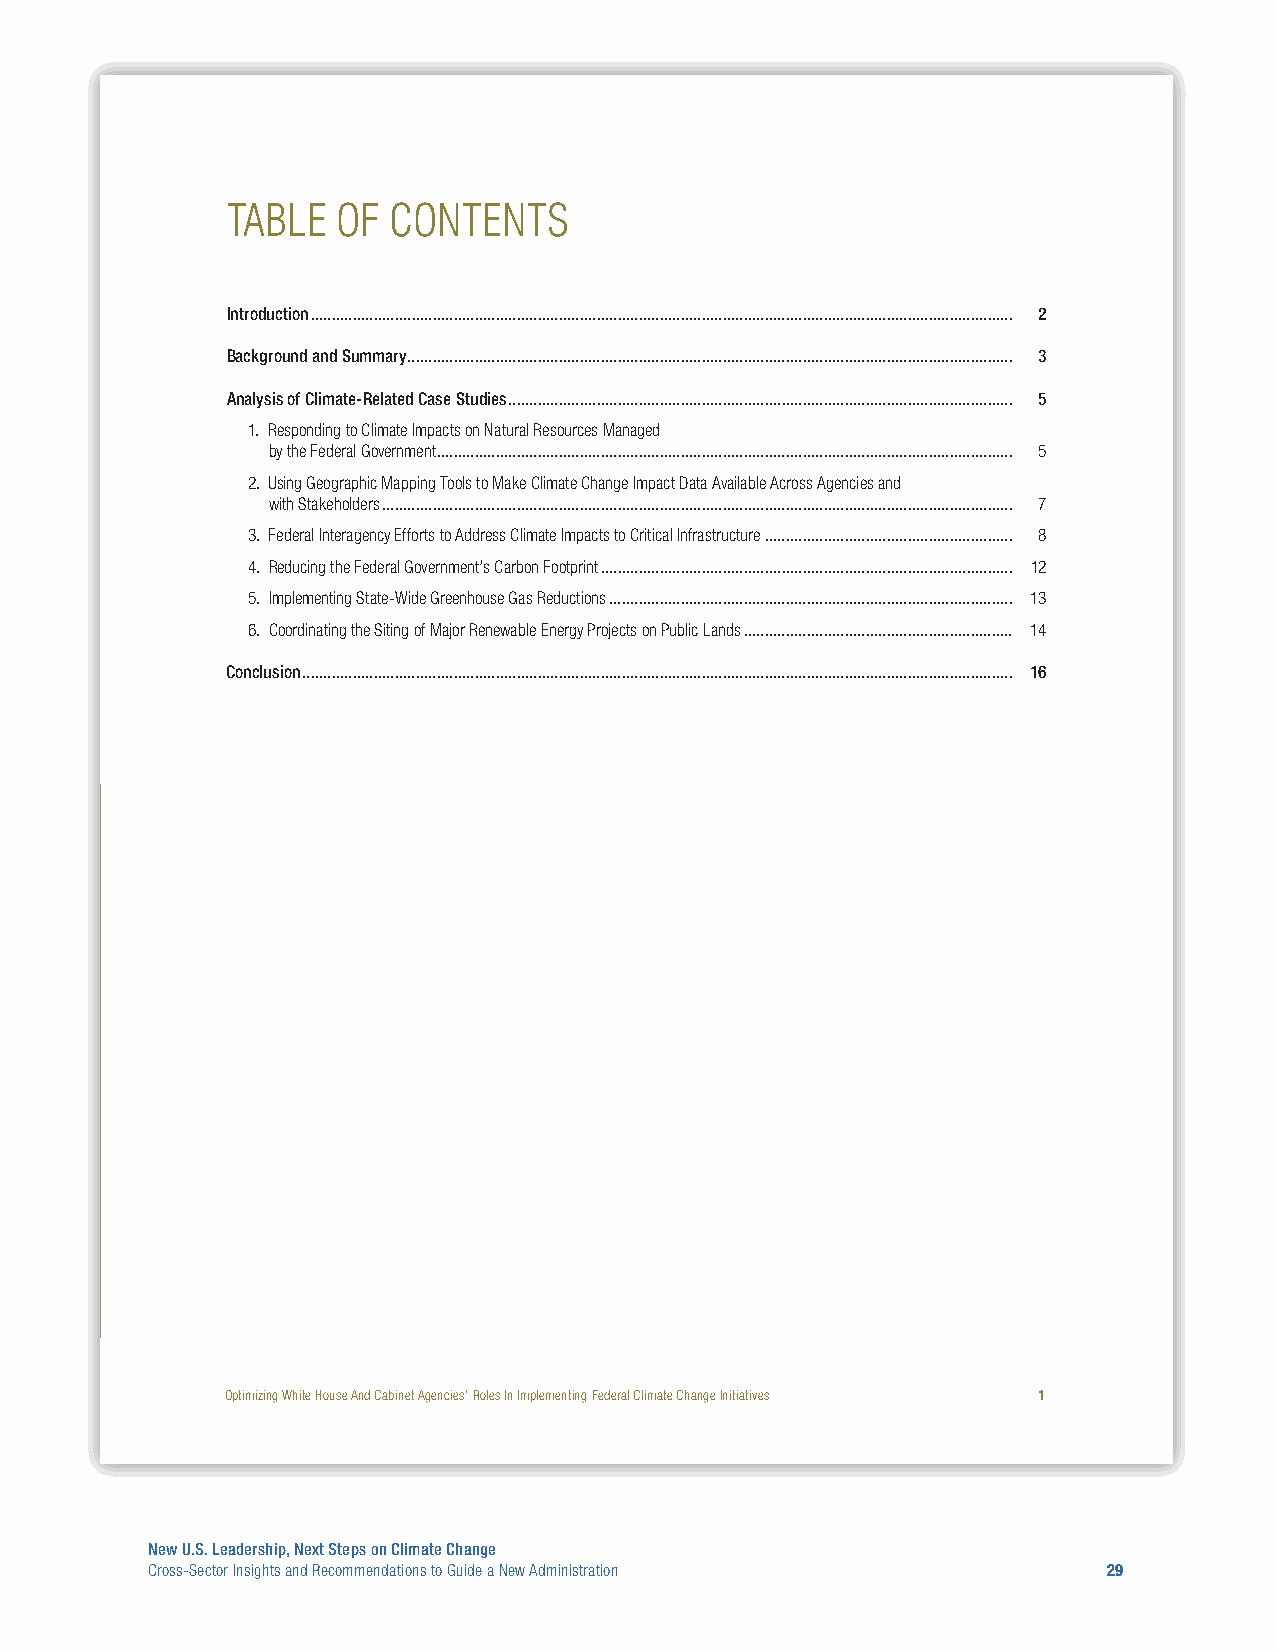
TABLE  OF  CONTENTS
 Introduction ....................................................................................................................................................................... 2
 Background and Summary ................................................................................................................................................ 3
 Analysis of Climate-Related Case Studies ........................................................................................................................ 5
 1. Responding to Climate Impacts on Natural Resources Managed
 by the Federal Government ......................................................................................................................................... 5
 2. Using Geographic Mapping Tools to Make Climate Change Impact Data Available Across Agencies and
 with Stakeholders ...................................................................................................................................................... 7
 3. Federal Interagency Efforts to Address Climate Impacts to Critical Infrastructure ........................................................... 8
 4. Reducing the Federal Government’s Carbon Footprint .................................................................................................. 12
 5. Implementing State-Wide Greenhouse Gas Reductions ................................................................................................ 13
 6. Coordinating the Siting of Major Renewable Energy Projects on Public Lands ................................................................ 14
 Conclusion ......................................................................................................................................................................... 16
 Optimizing White House And Cabinet Agencies’ Roles In Implementing Federal Climate Change Initiatives 1
 New U.S. Leadership, Next Steps on Climate Change
 Cross-Sector Insights and Recommendations to Guide a New Administration 29